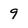
Character: 9